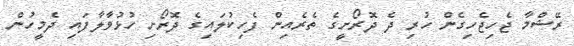
ރޭޝްމާ ޖެހިޖެހިގެން ހުރި ދެ ދޮރޯށީގެ ތެރެއިން ފެހިކުލައިގެ ދޮރޯށި ހުޅުވާލާފައި ދެމީހުން